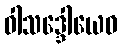
ဝါသဒ္ဒေါယေဝ